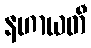
နဟာယတီ